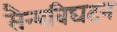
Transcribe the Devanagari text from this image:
सैन्यविघटन